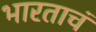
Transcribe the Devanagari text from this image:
भारताचं